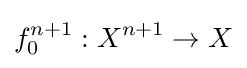
f_{0}^{n+1}:X^{n+1}\to X